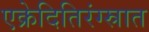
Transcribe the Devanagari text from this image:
एक्रेदितिरंग्स्रात